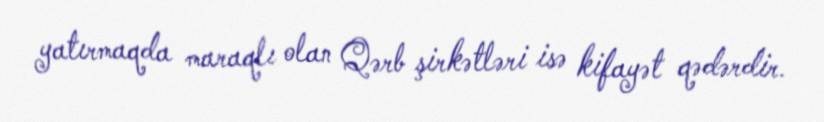
yatırmaqda maraqlı olan Qərb şirkətləri isə kifayət qədərdir.